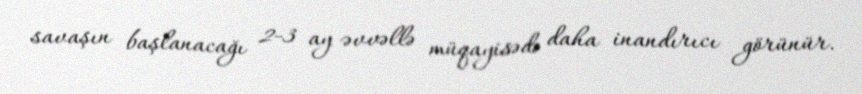
savaşın başlanacağı 2-3 ay əvvəllə müqayisədə daha inandırıcı görünür.